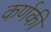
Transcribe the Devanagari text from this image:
कर्णकी